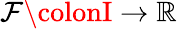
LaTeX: \mathcal{F}\colonI\to\mathbb{{R}}